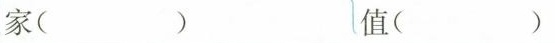
家（） 值（）